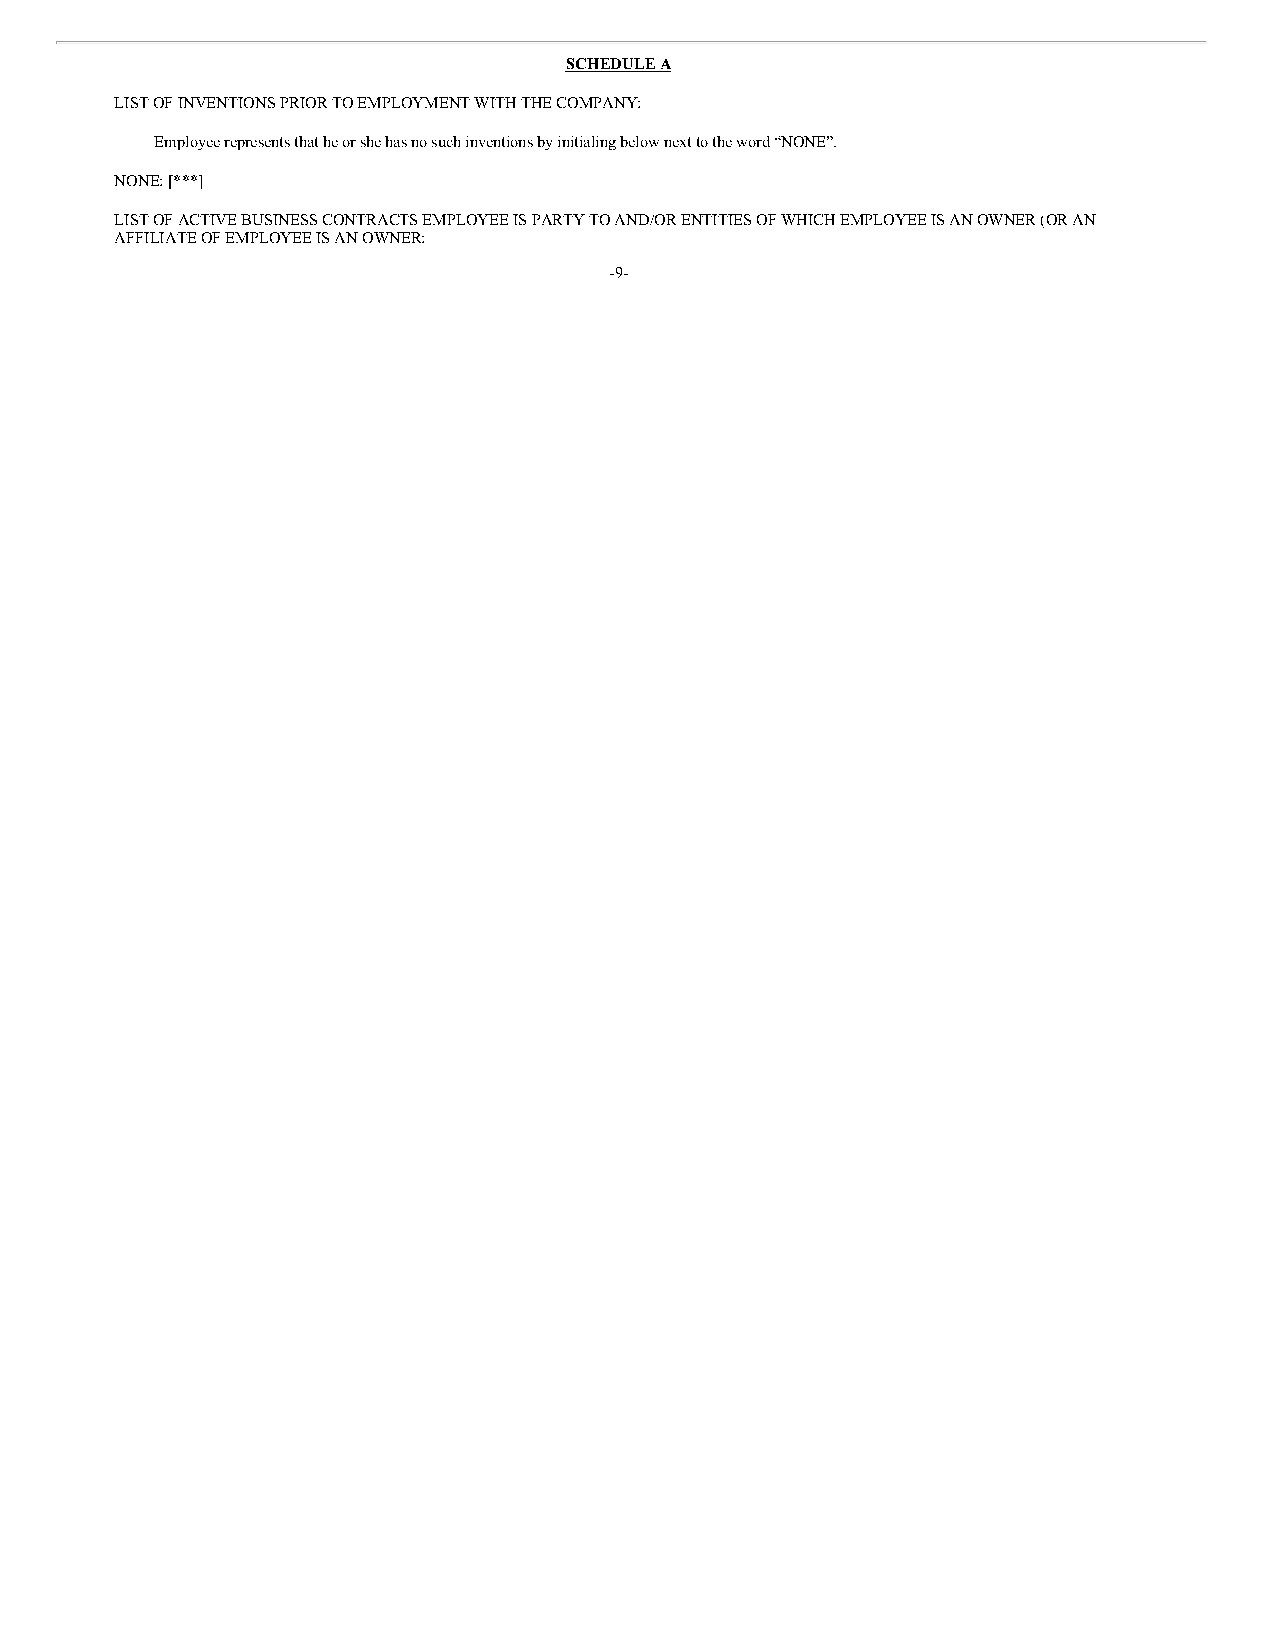
SCHEDULE A
 LIST OF INVENTIONS PRIOR TO EMPLOYMENT WITH THE COMPANY:
 Employee represents that he or she has no such inventions by initialing below next to the word “NONE”.
 NONE: [***]
 LIST OF ACTIVE BUSINESS CONTRACTS EMPLOYEE IS PARTY TO AND/OR ENTITIES OF WHICH EMPLOYEE IS AN OWNER (OR AN
 AFFILIATE OF EMPLOYEE IS AN OWNER:
 -9-